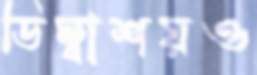
ডিম্বাশয়ও